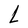
Character: L